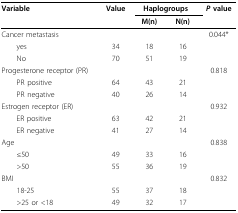
<table><thead><tr><td><b>Variable</b></td><td><b>Value</b></td><td colspan="2"><b>Haplogroups</b></td><td><b><i>P </i>value</b></td></tr><tr><td></td><td></td><td><b>M(n)</b></td><td><b>N(n)</b></td><td></td></tr></thead><tbody><tr><td>Cancer metastasis</td><td></td><td></td><td></td><td>0.044*</td></tr><tr><td> yes</td><td>34</td><td>18</td><td>16</td><td></td></tr><tr><td> No</td><td>70</td><td>51</td><td>19</td><td></td></tr><tr><td>Progesterone receptor (PR)</td><td></td><td></td><td></td><td>0.818</td></tr><tr><td> PR positive</td><td>64</td><td>43</td><td>21</td><td></td></tr><tr><td> PR negative</td><td>40</td><td>26</td><td>14</td><td></td></tr><tr><td>Estrogen receptor (ER)</td><td></td><td></td><td></td><td>0.932</td></tr><tr><td> ER positive</td><td>63</td><td>42</td><td>21</td><td></td></tr><tr><td> ER negative</td><td>41</td><td>27</td><td>14</td><td></td></tr><tr><td>Age</td><td></td><td></td><td></td><td>0.838</td></tr><tr><td> ≤50</td><td>49</td><td>33</td><td>16</td><td></td></tr><tr><td> &gt;50</td><td>55</td><td>36</td><td>19</td><td></td></tr><tr><td>BMI</td><td></td><td></td><td></td><td>0.832</td></tr><tr><td> 18-25</td><td>55</td><td>37</td><td>18</td><td></td></tr><tr><td> &gt;25 or &lt;18</td><td>49</td><td>32</td><td>17</td><td></td></tr></tbody></table>